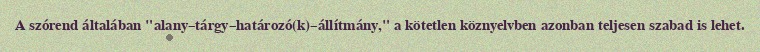
A szórend általában "alany–tárgy–határozó(k)–állítmány," a kötetlen köznyelvben azonban teljesen szabad is lehet.